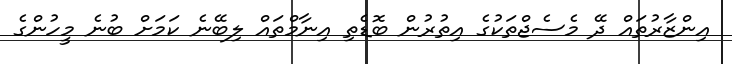
އިންޒާރުތައް ދޭ މެސެޖްތަކުގެ އިތުރުން ބޮޑެތި އިނާމްތައް ލިބޭނެ ކަމަށް ބުނެ މީހުންގެ